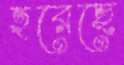
হরেছে